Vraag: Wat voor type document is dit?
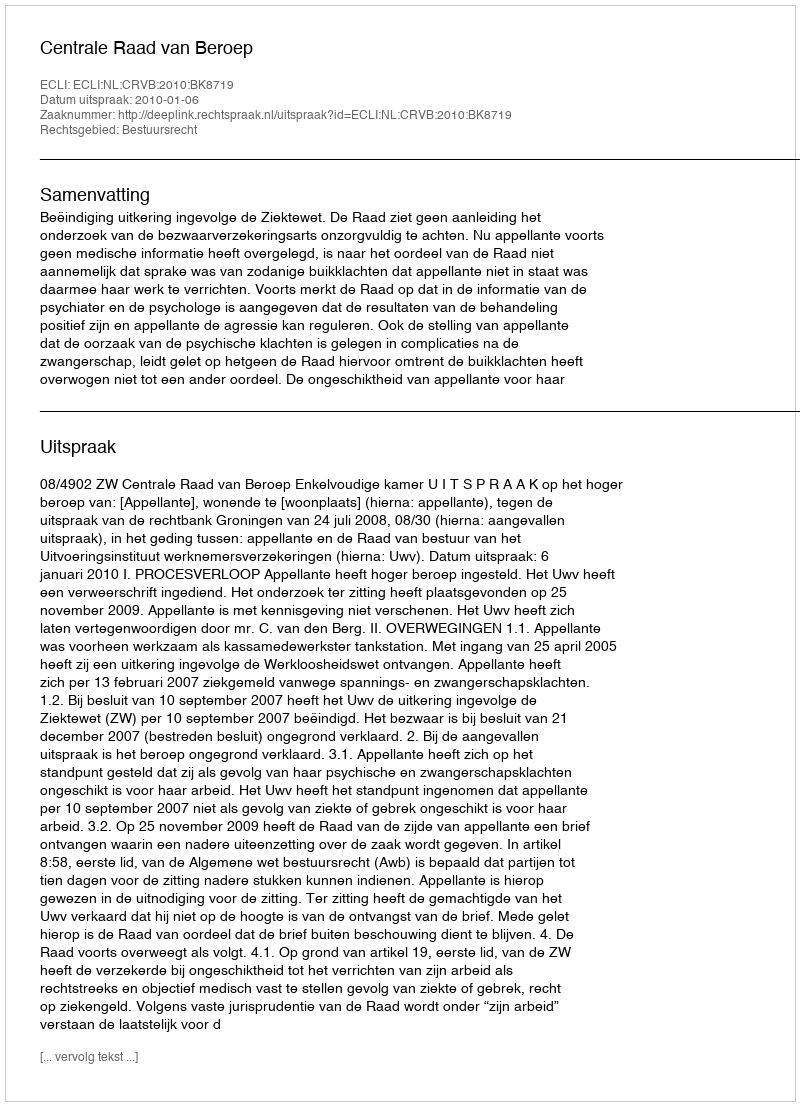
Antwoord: Uitspraak